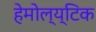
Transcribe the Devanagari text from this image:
हेमोल्य्टिक